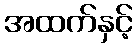
အထက်နှင့်